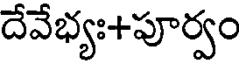
దేవేభ్యః+పూర్వం